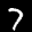
Label: 7